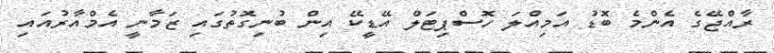
ރާއްޖޭގެ އެންމެ ބޮޑު އަމިއްލަ ހޮސްޕިޓަލް އޭޑީކޭ އިން ބުނިގޮތުގައި ޒަމާނީ އެމްއާރުއައި